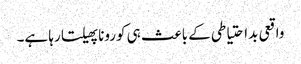
واقعی بداحتیاطی کے باعث ہی کورونا پھیلتا رہا ہے۔